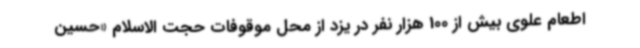
اطعام علوی بیش از 100 هزار نفر در یزد از محل موقوفات حجت الاسلام «حسین